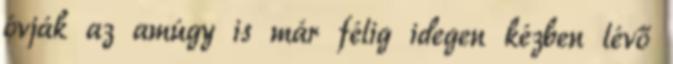
óvják az amúgy is már félig idegen kézben lévő